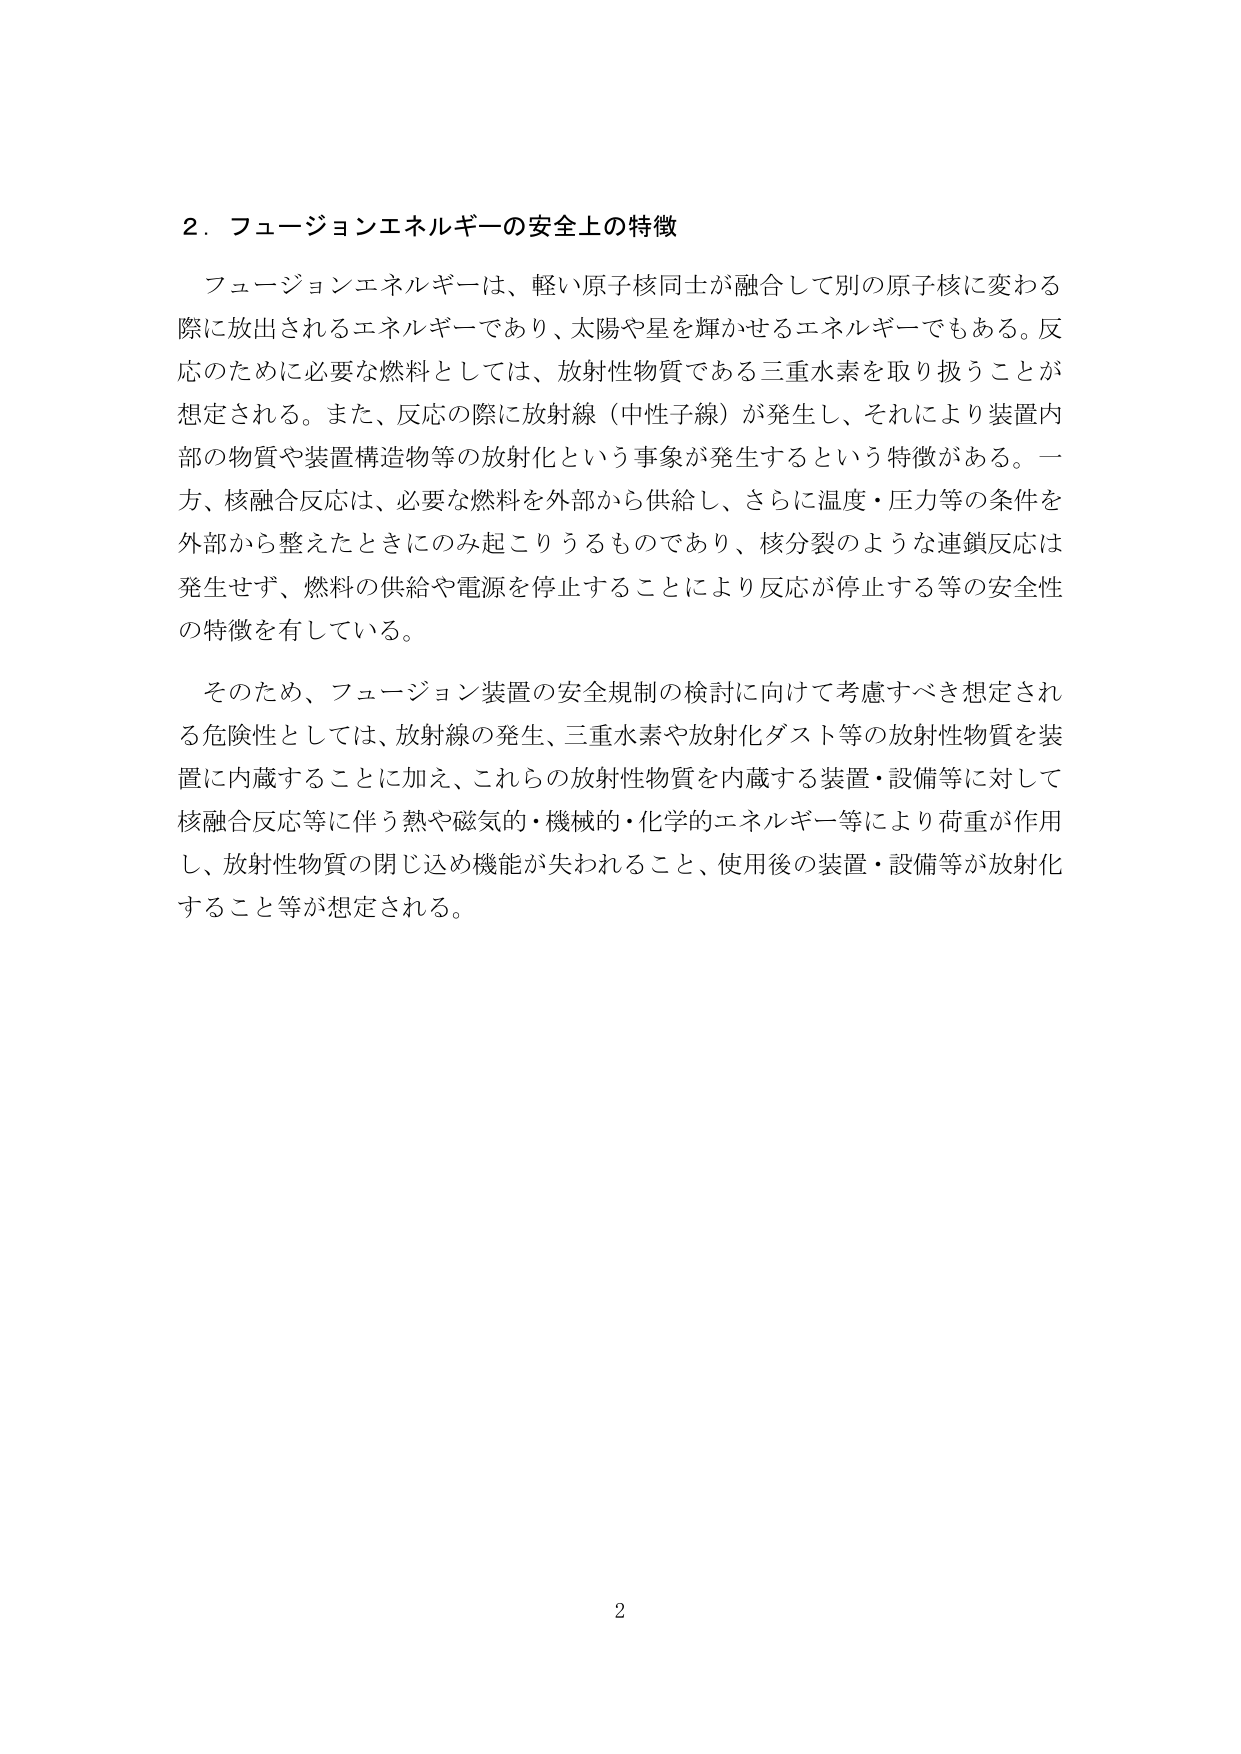
２．フュージョンエネルギーの安全上の特徴

フュージョンエネルギーは、軽い原子核同士が融合して別の原子核に変わる際に放出されるエネルギーであり、太陽や星を輝かせるエネルギーでもある。反応のために必要な燃料としては、放射性物質である三重水素を取り扱うことが想定される。また、反応の際に放射線（中性子線）が発生し、それにより装置内部の物質や装置構造物等の放射化という事象が発生するという特徴がある。一方、核融合反応は、必要な燃料を外部から供給し、さらに温度・圧力等の条件を外部から整えたときにのみ起こりうるものであり、核分裂のような連鎖反応は発生せず、燃料の供給や電源を停止することにより反応が停止する等の安全性の特徴を有している。

そのため、フュージョン装置の安全規制の検討に向けて考慮すべき想定される危険性としては、放射線の発生、三重水素や放射化ダスト等の放射性物質を装置に内蔵することに加え、これらの放射性物質を内蔵する装置・設備等に対して核融合反応等に伴う熱や磁気的・機械的・化学的エネルギー等により荷重が作用し、放射性物質の閉じ込め機能が失われること、使用後の装置・設備等が放射化すること等が想定される。

2